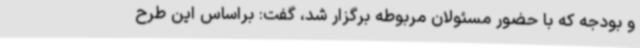
و بودجه که با حضور مسئولان مربوطه برگزار شد، گفت: براساس این طرح